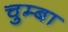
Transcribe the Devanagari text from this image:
चुम्बा